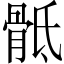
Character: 骶